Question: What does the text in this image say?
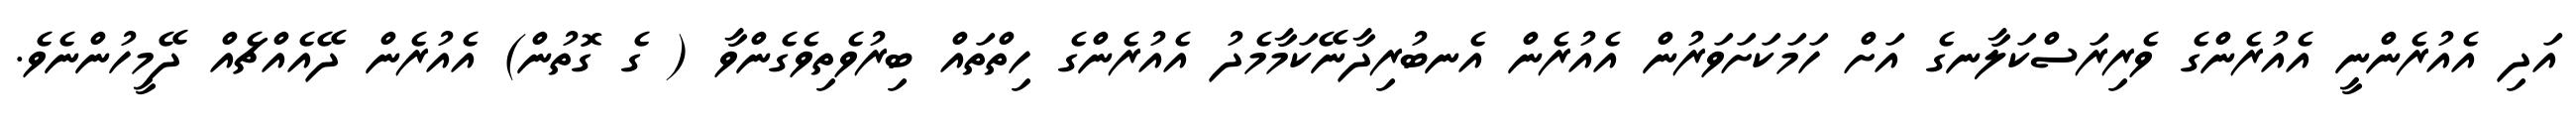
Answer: އަދި އެއުރެންނީ އެއުރެންގެ ވެރިރަސްކަލާނގެ އަށް ހަމަކަށަވަރުން އެއުރެން އެނބުރިދާނޭކަމާމެދު އެއުރެންގެ ހިތްތައް ބިރުވެތިވެގެންވާ ( ގެ ގޮތުން) އެއުރެން ދޭއެއްޗެއް ދޭމީހުންނެވެ.